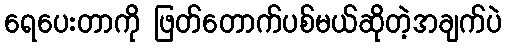
ရေပေးတာကို ဖြတ်တောက်ပစ်မယ်ဆိုတဲ့အချက်ပဲ